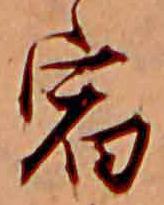
宿